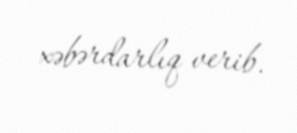
xəbərdarlıq verib.